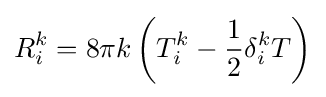
R_{i}^{k}=8\pi k\left(T_{i}^{k}-{\frac {1}{2}}\delta _{i}^{k}T\right)